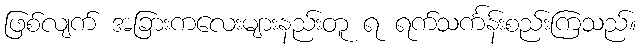
ဖြစ်လျက် အခြားကလေးများနည်းတူ ရ ရက်သင်္ကန်းစည်းကြသည်။